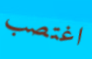
اغتصب